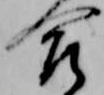
合